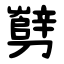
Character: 㔎